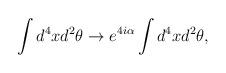
LaTeX: \begin{align*}\int d^4x d^2\theta \to e^{4i\alpha}\int d^4x d^2\theta,\end{align*}